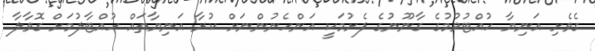
ގެވެށި އަނިޔާ ހުއްޓުވުމުގެ ގާނޫނުގެ ފެށުމަކީ އަންހެނުންނަށް ކުރާ އަނިޔާތައް ހުއްޓާލުމަށް ގޮވާލާ